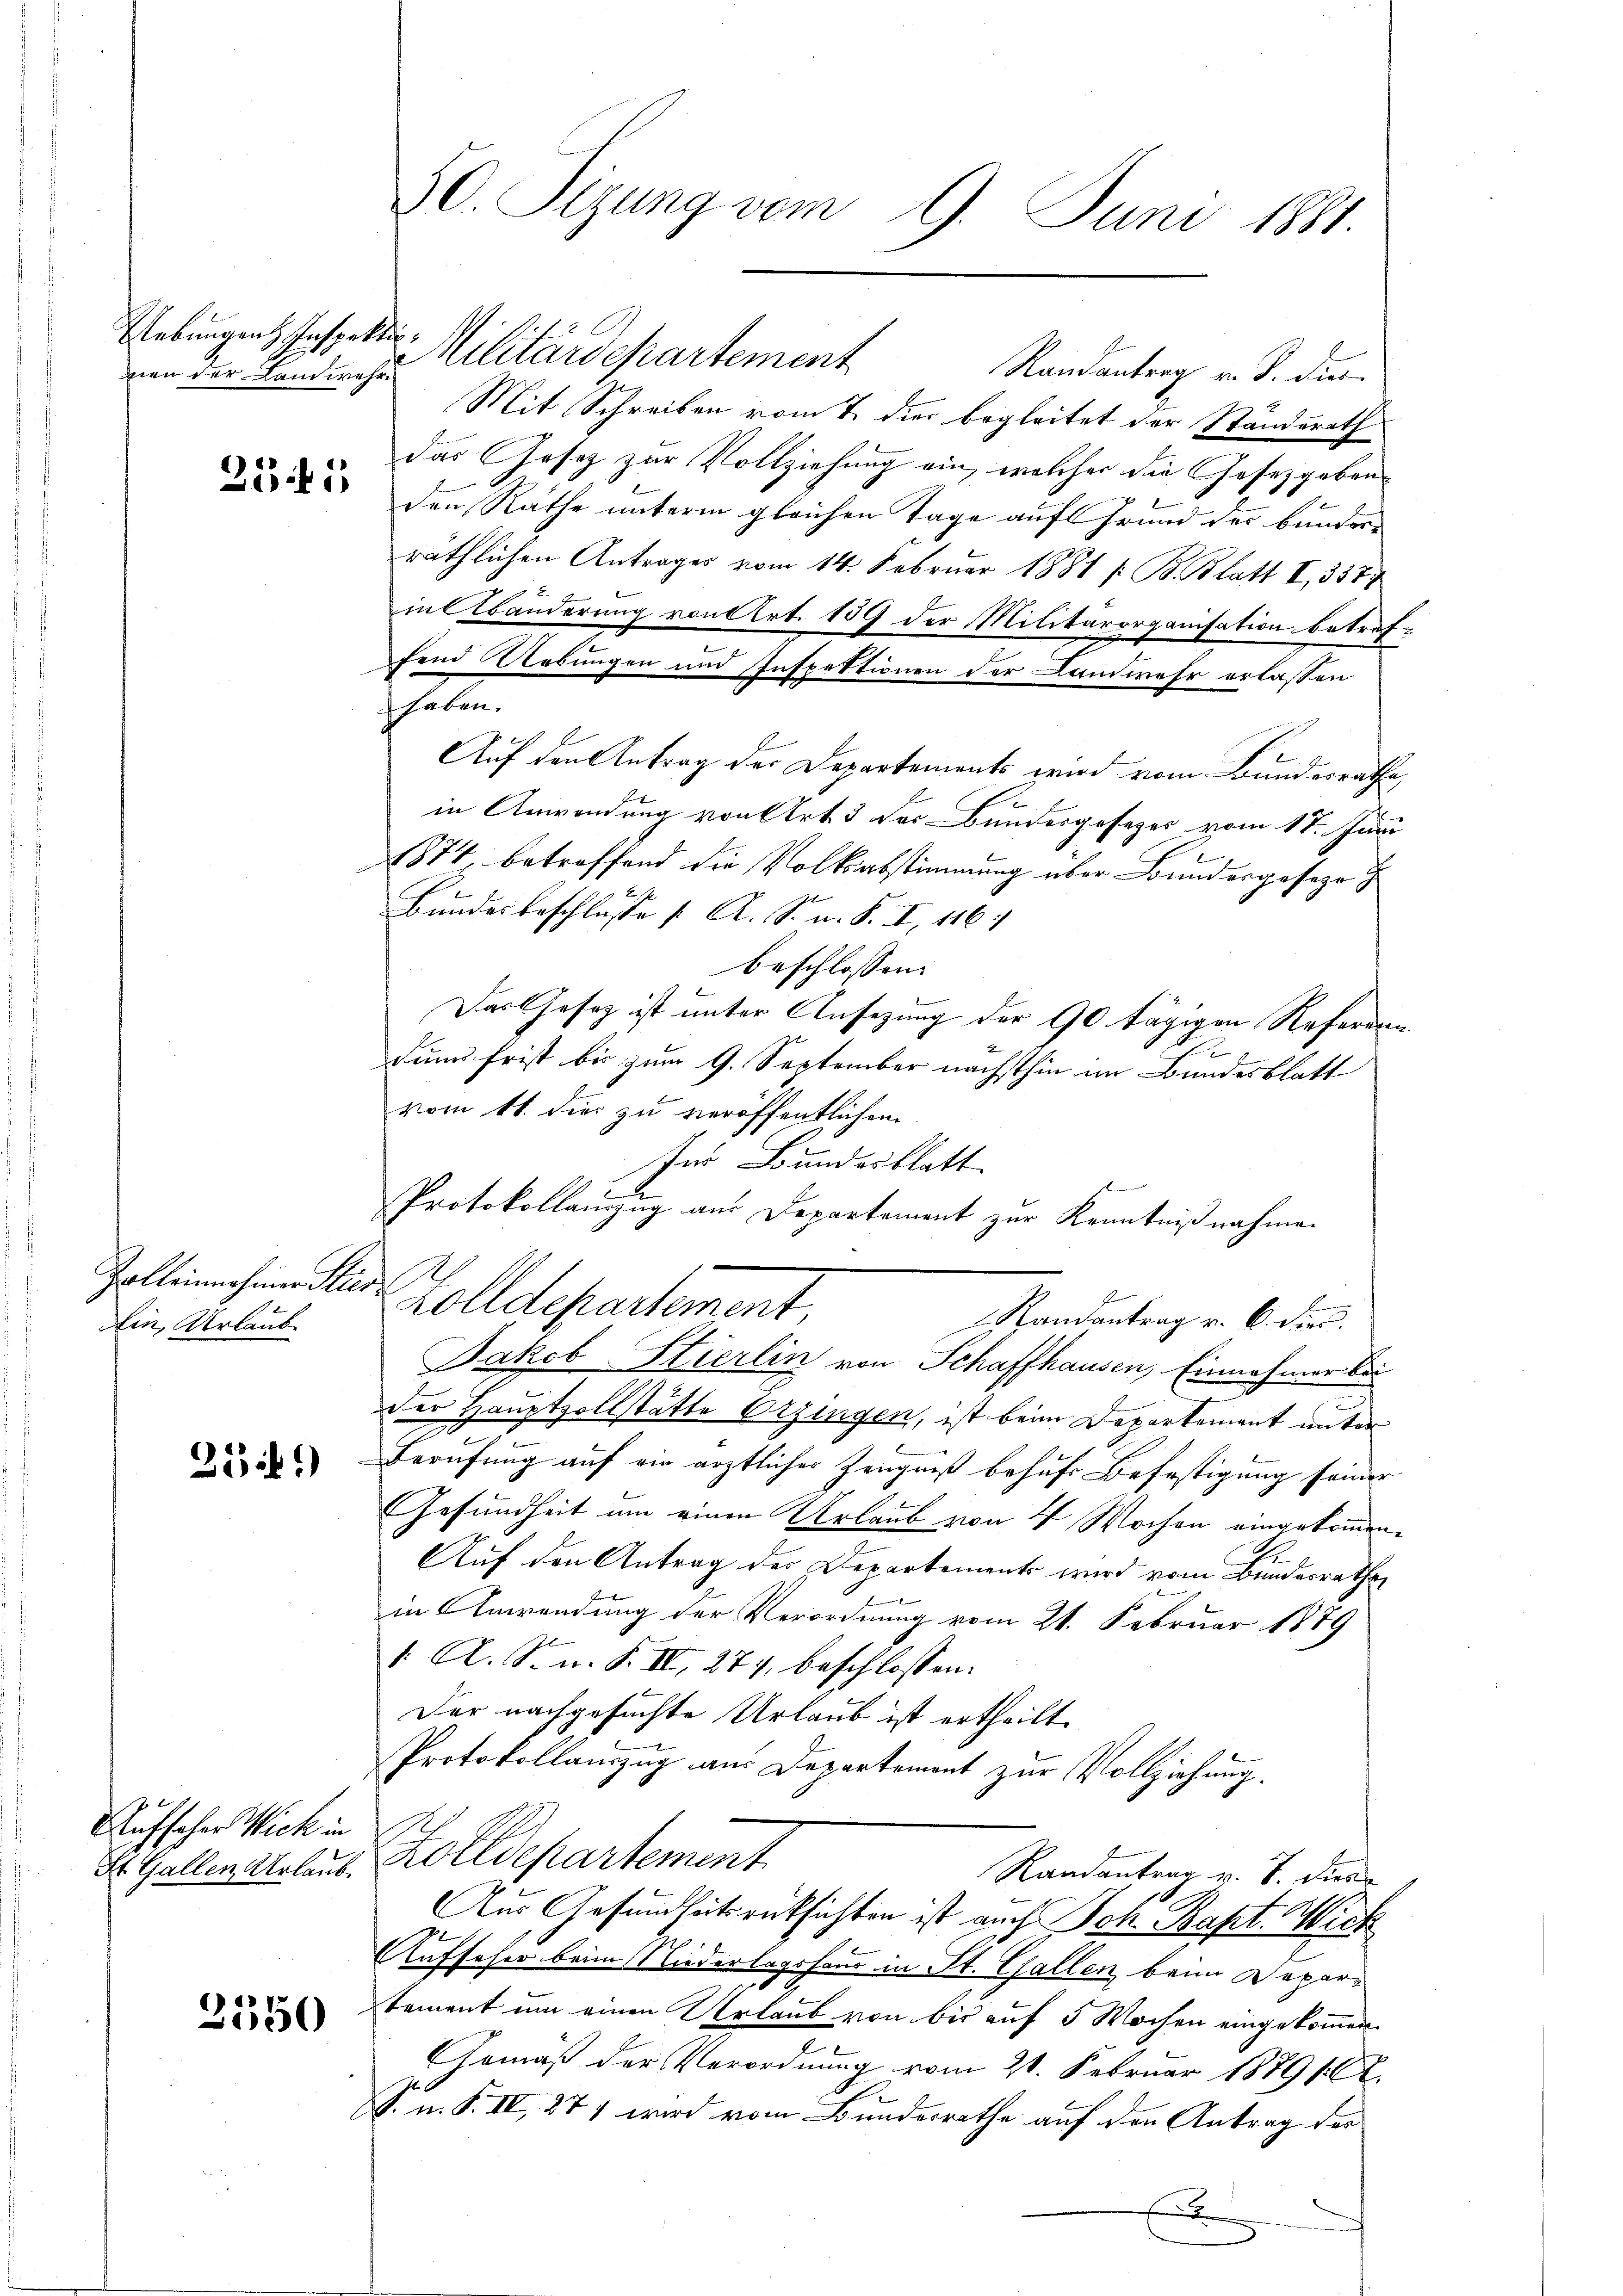
men der Landwehr¬

25 i

Ein Urlaube

35.)

Aufseher Wick in
St. Gallen Urlaub.

3550

50. Sizung vom 9. Juni 1881

Mit Schreiben vom 7. dies begleitet der Ständerath
das Gesetz zur Vollziehung ein, welcher die Gesetzgebens
den Räthe unterm gleichen Tage auf Grund der bundern
räthlichen Antrages vom 14. Februar 1881 / B. Blatt I, 337
in Abänderung von Art. 159 der Militärorganisation betreffend Uebungen und Inspektionen der Landwehr erlassen
haben.
Auf den Antrag der Departements wird vom Bundesrathe,
in Anwendung von Art. 3 der Bundergesezes vom 17. Juni
1874, betreffend die Volksabstimmung über Bundesgeseze ih
Bundes beschlüsse [ A. S. n. F. II, 1161
beschlossen:
Das Gesetz ist unter Ansezung der 90 tägigen Referein
d
denn frist bis zum 9. September nächsthin im Bundesblatt
vom 11. dies zu veröffentlichen
für Bundesblatt
Protokollanzug aus Departement zur Kenntnißnahmen
Zolleich in die Zolldepartement,
Randantrag v. 6. dies
Jakob Stierlin von Schaffhausen, Einnahmer bei
der Hauptzollstätte Erzingen, ist beim Departement unter
3
Berufung auf die ärztlicher Zeugniß behufs Befestigung seiner
Gesundheit um einen Urlaub von 4 Wochen eingekommen.
Auf den Antrag der Departements wird vom Bundesrathe
in Anwendung der Verordnung vom 21. Februar 1879
1. A. S. n. F. IV, 279, beschlossen:
Der nachgesuchte Urlaub ist ertheilt.
Protokollauszug aus Departement zur Vollziehung.
t
Zolldepartement
Randantrag v. J. dies
Aus Gesundheitsrücksichten ist auch Joh. Bapt. Mich
.
Aufseher beim Niederlagshand in St. Gallen beim Departament um einen Urlaub von bis auf 5 Wochen eingekommen.
Gemäß der Verordnung vom 21. Februar 1879 10 R.
S. n. F. II, 271 wird vom Bundesrathe auf den Antrag der
E

Uebungen Inspettin Militärdepartement Randantrag v. J. dur